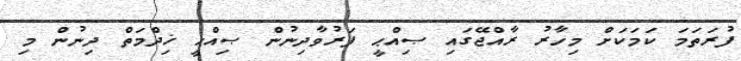
ފުރަތަމަ ކަމަކަށް މިހާރު ރާއްޖޭގައި ޞިއްޙީ ފަރުވާދިނުން ޞިއްޙީ ޚިދްމަތް ދިނުން މި